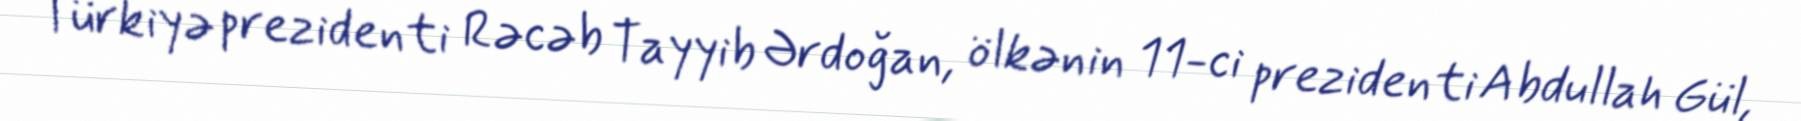
Türkiyə prezidenti Rəcəb Tayyib Ərdoğan, ölkənin 11-ci prezidenti Abdullah Gül,